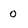
Character: 0